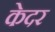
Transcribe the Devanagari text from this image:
केदर